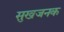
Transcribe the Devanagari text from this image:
सुखजनक